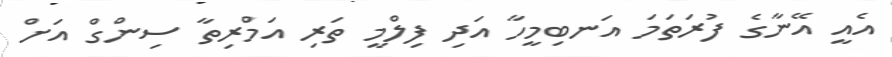
އެއީ އޭނާގެ ފުރަތަމަ އަނބިމީހާ އަދި ފިލްމީ ތަރި އަމްރިތާ ސިންގް އަށް